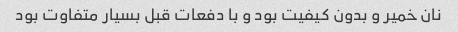
نان خمیر و بدون کیفیت بود و با دفعات قبل بسیار متفاوت بود